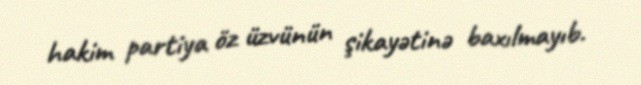
hakim partiya öz üzvünün şikayətinə baxılmayıb.